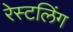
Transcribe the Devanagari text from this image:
रेस्टलिंग